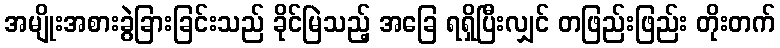
အမျိုးအစားခွဲခြားခြင်းသည် ခိုင်မြဲသည့် အခြေ ရရှိပြီးလျှင် တဖြည်းဖြည်း တိုးတက်